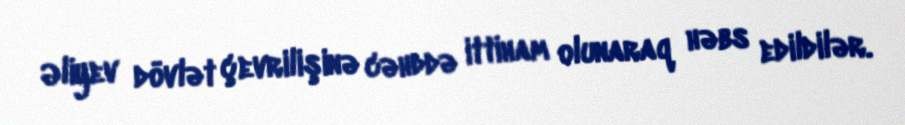
Əliyev dövlət çevrilişinə cəhddə ittiham olunaraq həbs edildilər.